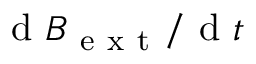
\textrm { d } { B } _ { \mathrm { ~ e ~ x ~ t ~ } } / \textrm { d } { t }